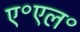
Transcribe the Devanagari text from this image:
ए॰एल॰